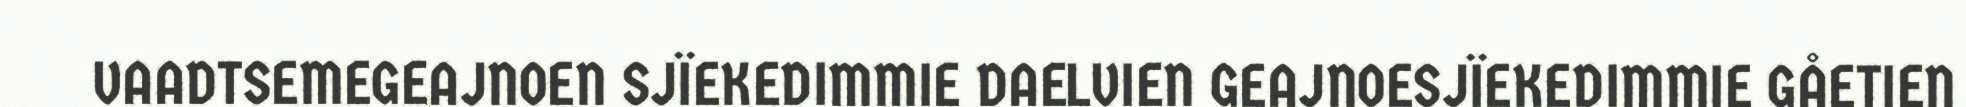
VAADTSEMEGEAJNOEN SJÏEKEDIMMIE DAELVIEN GEAJNOESJÏEKEDIMMIE GÅETIEN